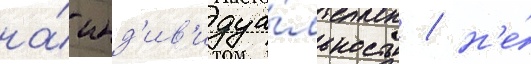
на́ инд'ив'идуа́льность / н'е́